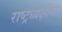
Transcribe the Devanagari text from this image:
राष्ट्रध्यक्षांना